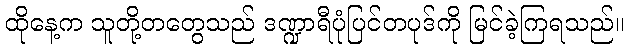
ထိုနေ့က သူတို့တတွေသည် ဒဏ္ဍာရီပုံပြင်တပုဒ်ကို မြင်ခဲ့ကြရသည်။